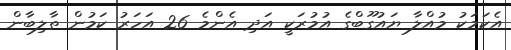
އެކަމަކު މުއްލާ ޔައުގޫބްގެ އުމުރަކީ އަދި އެންމެ 26 އަހަރު ކަމުން ތާލިބާން